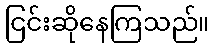
ငြင်းဆိုနေကြသည်။